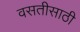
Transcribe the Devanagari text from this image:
वसतीसाठी